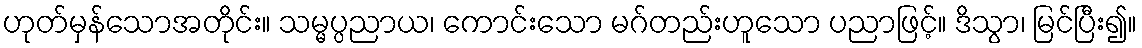
ဟုတ်မှန်သောအတိုင်း။ သမ္မပ္ပညာယ၊ ကောင်းသော မဂ်တည်းဟူသော ပညာဖြင့်။ ဒိသွာ၊ မြင်ပြီး၍။